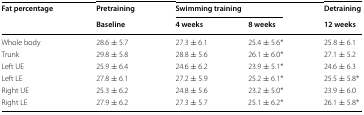
| <ROWSPAN=2> Fat percentage | Pretraining | <COLSPAN=2> Swimming training | Detraining |
 | Baseline | 4 weeks | 8 weeks | 12 weeks |
 | --- | --- | --- | --- | --- |
 | Whole body | 28.6 ± 5.7 | 27.3 ± 6.1 | 25.4 ± 5.6* | 25.8 ± 6.1 |
 | Trunk | 29.8 ± 5.8 | 28.8 ± 5.6 | 26.1 ± 6.0* | 27.1 ± 5.2 |
 | Left UE | 25.9 ± 6.4 | 24.6 ± 6.2 | 23.9 ± 5.1* | 24.6 ± 6.3 |
 | Left LE | 27.8 ± 6.1 | 27.2 ± 5.9 | 25.2 ± 6.1* | 25.5 ± 5.8* |
 | Right UE | 25.3 ± 6.2 | 24.8 ± 5.6 | 23.2 ± 5.0* | 23.9 ± 6.0 |
 | Right LE | 27.9 ± 6.2 | 27.3 ± 5.7 | 25.1 ± 6.2* | 26.1 ± 5.8* |